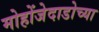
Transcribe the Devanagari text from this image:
मोहोंजेदाडोच्या